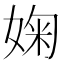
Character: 婅